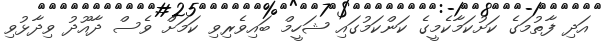
އަދި ފާތުމަގެ ކަށުކަމާކެމީގެ ކަންކަމުގައި ޝަހީމް ބައިވެރިވި ކަމަށް ވެސް ދާއޫދު ވިދާޅުވި